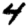
Digit: 4